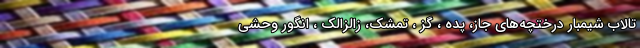
تالاب شیمبار درختچه‌های جاز، پده ، گز ، تمشک، زالزالک ، انگور وحشی